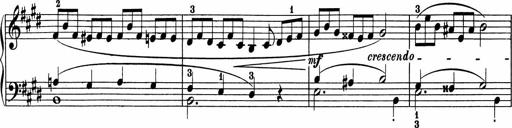
Title: 5 Sonatinen fÃ¼r die Jugend
Composer: Carl Reinecke